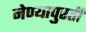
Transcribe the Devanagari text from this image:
नेण्यापुरती